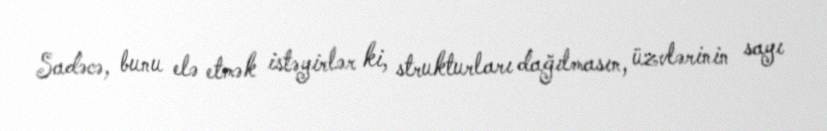
Sadəcə, bunu elə etmək istəyirlər ki, strukturları dağılmasın, üzvlərinin sayı